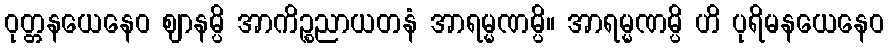
ဝုတ္တနယေနေဝ ဈာနမ္ပိ အာကိဉ္စညာယတနံ အာရမ္မဏမ္ပိ။ အာရမ္မဏမ္ပိ ဟိ ပုရိမနယေနေဝ